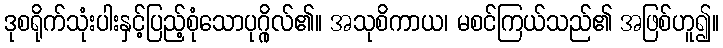
ဒုစရိုက်သုံးပါးနှင့်ပြည့်စုံသောပုဂ္ဂိုလ်၏။ အသုစိကာယ၊ မစင်ကြယ်သည်၏ အဖြစ်ဟူ၍။